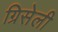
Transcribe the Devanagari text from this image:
ग्रिसेली